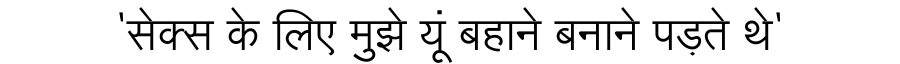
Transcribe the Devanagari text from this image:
'सेक्स के लिए मुझे यूं बहाने बनाने पड़ते थे'